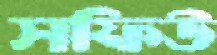
সফিউ